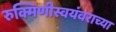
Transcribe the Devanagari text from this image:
रुक्मिणीस्वयंवराच्या